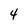
Character: 4